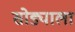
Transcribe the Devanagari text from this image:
सोड्याला